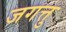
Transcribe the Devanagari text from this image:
जगत्तु